Scottish Leaving Certificate Examination, 1958
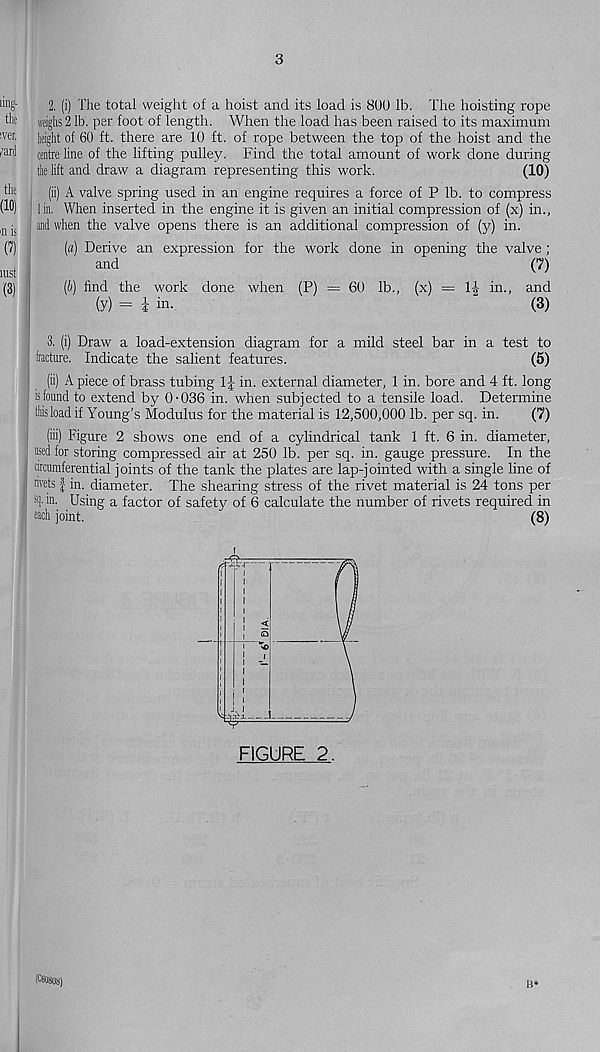
3
2. (i) The total weight of a hoist and its load is 800 lb. The hoisting rope
weighs 2 lb. per foot of length. When the load has been raised to its maximum
height of 60 ft. there are 10 ft. of rope between the top of the hoist and the
centre line of the lifting pulley. Find the total amount of work done during
the lift and draw a diagram representing this work.
(10)
(ii) A valve spring used in an engine requires a force of P lb. to compress
I in. When inserted in the engine it is given an initial compression of (x) in.,
and when the valve opens there is an additional compression of (y) in.
(а) Derive an expression for the work done in opening the valve ;
and
(7)
(б) find the work done when (P) =60 lb., (x) = IJ in., and
(y) = i in.
(3)
3. (i) Draw a load-extension diagram for a mild steel bar in a test to
fracture. Indicate the salient features.
(5)
(ii) A piece of brass tubing 1J in. external diameter, 1 in. bore and 4 ft. long
is found to extend by 0 • 036 in. when subjected to a tensile load. Determine
tliisloadif Young's Modulus for the material is 12,500,000 lb. per sq. in.
(7)
(hi) Figure 2 shows one end of a cylindrical tank 1 ft. 6 in. diameter,
used for storing compressed air at 250 lb. per sq. in. gauge pressure. In the
I circumferential joints of the tank the plates are lap-jointed with a single line of
rivets | in. diameter. The shearing stress of the rivet material is 24 tons per
4 in. Using a factor of safety of 6 calculate the number of rivets required in
each joint.
(8)
FIGURE 2.